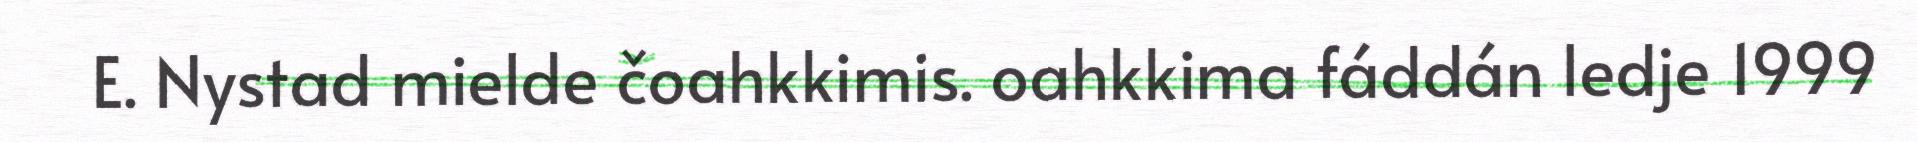
E. Nystad mielde čoahkkimis. oahkkima fáddán ledje 1999